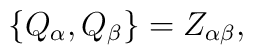
\{ Q_{\alpha}, Q_{\beta} \} = Z_{\alpha\beta} ,